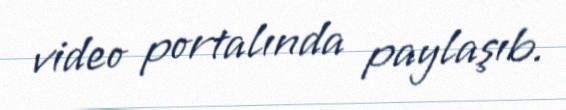
video portalında paylaşıb.